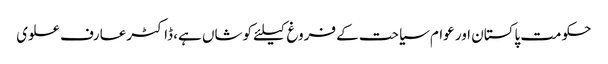
حکومت پاکستان اور عوام سیاحت کے فروغ کیلئے کوشاں ہے، ڈاکٹرعارف علوی